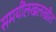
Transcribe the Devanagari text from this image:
समयींलखलखीत